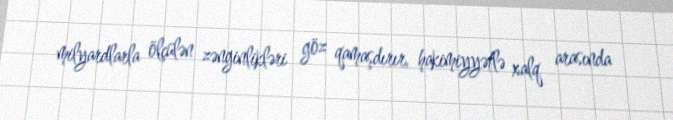
milyardlarla ölçülən zənginlikləri göz qamaşdırır, hakimiyyətlə xalq arasında